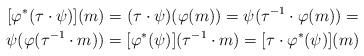
LaTeX: \begin{gather*}[\varphi^* (\tau \cdot \psi)] (m) = (\tau \cdot \psi)( \varphi (m)) = \psi (\tau^{-1} \cdot \varphi (m)) =\\\psi (\varphi (\tau^{-1} \cdot m)) = [\varphi^* (\psi)] (\tau^{-1} \cdot m) = [\tau \cdot \varphi^* (\psi)] (m) \end{gather*}